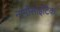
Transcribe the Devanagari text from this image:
नार्मोसाइटिक